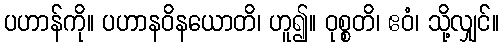
ပဟာန်ကို။ ပဟာနဝိနယောတိ၊ ဟူ၍။ ဝုစ္စတိ၊ ဧဝံ၊ သို့လျှင်။